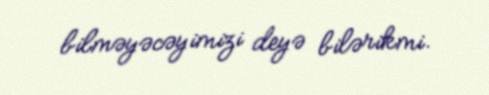
bilməyəcəyimizi deyə bilərikmi.